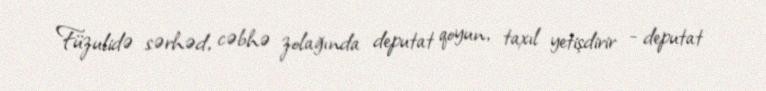
Füzulidə sərhəd, cəbhə zolağında deputat qoyun, taxıl yetişdirir - deputat